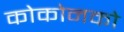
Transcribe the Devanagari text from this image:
कोकोनको